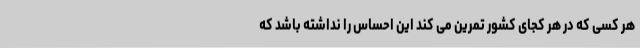
هر کسی که در هر کجای کشور تمرین می کند این احساس را نداشته باشد که